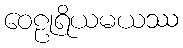
ဝေဠုရိယမယဿ